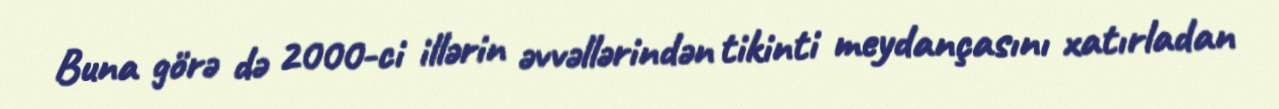
Buna görə də 2000-ci illərin əvvəllərindən tikinti meydançasını xatırladan